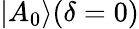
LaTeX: |A_{0}\rangle(\delta=0)